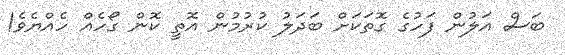
ބަސް އަލުން ފަހުގެ ގޮތަކަށް ބަދަލު ކުރުމުން އޮތީ ކޮން ގޯހެއް ހެއްޔެވެ!